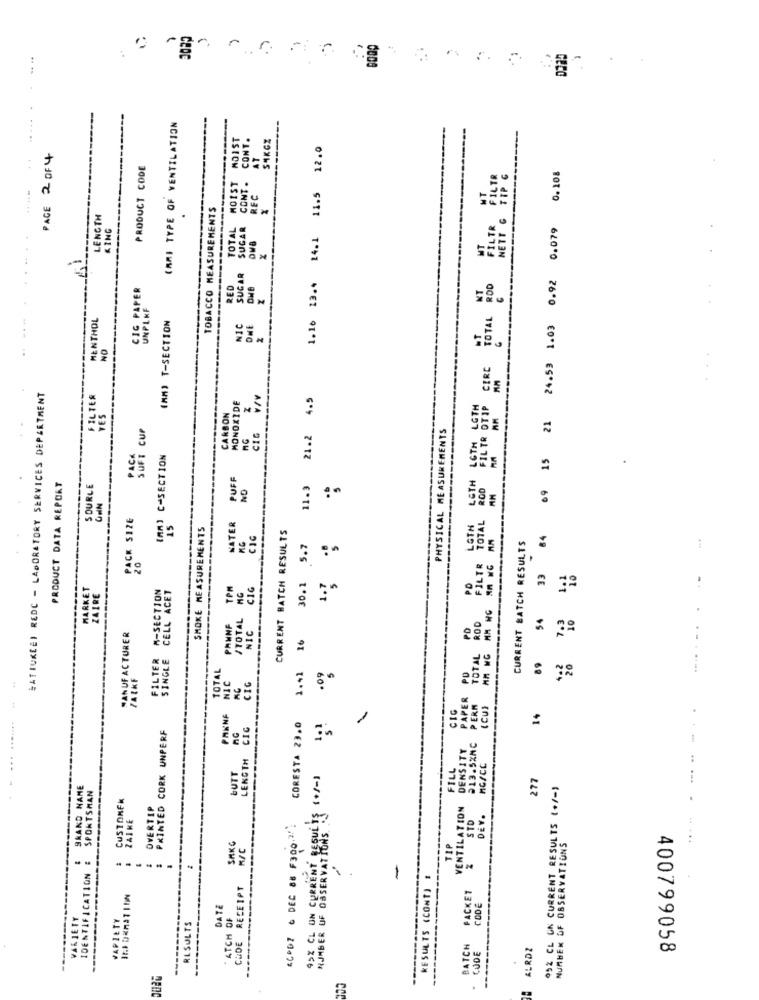
r
-
CAMI TYPE OF VENTILATION
MOIST MOIST
MOIST
CONT.
SAKCZ
11.5 12.0
PAGE 2 OF4
PRODUCT CODE
FILTR FILTR
09 15 21 24.53 1.03 0.92 0.079 0.108
CONT .
MT
TOBACCO MEASUREMENTS
LENGTH
TOTAL
KING
----
SUGAR
13.4 14.1
MT
CIC PAPER
RED
DHE
LETH FILTR CTIF CIRC TOTAL ROD
UMPLAF
MENTHOL
(MM) T-SECTION
1.10
NIC
NO
SATIUKEET REDC - LABORATORY SERVICES DEPARTMENT
FILTER
4.5
CARBON
MONOXIDE
YES
AM
PHYSICAL MEASUREMENTS
SOFT CUP
CIG
21.2
C-SECTION
--------
PUFF
PRODUCT DATA REPORT
S DURLE
NO
11.3
FILTR TOTAL ROD
ORN
PACK SIZE
NATER
LGTH
15
SMOKE MEASUREMENTS
CURRENT BATCH RESULTS
KG
CURRENT BATCH RESULTS
3 84
5.7
MARKET
ZAIRE
FILTER M-SECTION
SINGLE CELL ACET
TPM
MG
CIG
30.1
PO
/TOTAL
TOTAL ROD
54
NIC
PD
.......
MANUFACTURER
TOTAL
5
PD
4.2
TACKF
1.41
.09
NIC
AG
CIG
PAPER
CIG
PERA
.
PAKNF
-
(CU
14
PRINTED CORK UNPERF
CIC
CORESTA 23.0
DENSITY
213.5%MC
LENGTH
FILL
MG/CC
BUTT
42% CL UN CURRENT RESULTS (+/-)
277
BRAND NAME
992 CL GN CURRENT RESULTS (+/-)
SPORTSMAN
CUSTOMER
OVERTIP
VENTILATION
STD
DEV.
ZAIKE
4COD7 6 DEC 88 F300 !!
F OBSERVATIONS.
NUMBER OF OBSERVATIONS
SAKG
R/C
TIP
--
IDENTIFICATION
-
RESULTS (CONT) 1
CUDE RECEIPT
PACKET
DATE
CODE
VARIETY
VARIETY
-----
RESULTS
"ATCH
NUMBER&
-----
BATCH
ALRDZ
CODE
400799058